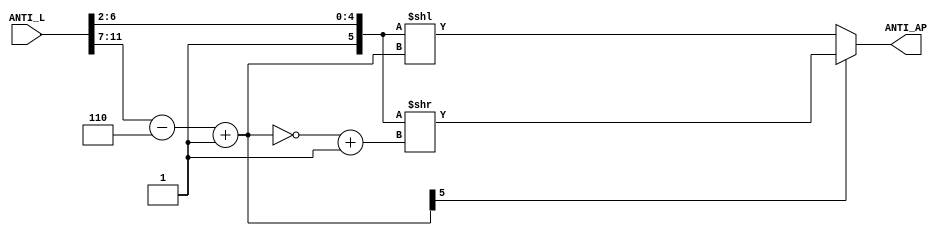
// MIT License
// 
// Copyright (c) 2021-2024 iCAS Lab
// 
// Permission is hereby granted, free of charge, to any person obtaining a copy
// of this software and associated documentation files (the "Software"), to deal
// in the Software without restriction, including without limitation the rights
// to use, copy, modify, merge, publish, distribute, sublicense, and/or sell
// copies of the Software, and to permit persons to whom the Software is
// furnished to do so, subject to the following conditions:
// 
// The above copyright notice and this permission notice shall be included in all
// copies or substantial portions of the Software.
// 
// THE SOFTWARE IS PROVIDED "AS IS", WITHOUT WARRANTY OF ANY KIND, EXPRESS OR
// IMPLIED, INCLUDING BUT NOT LIMITED TO THE WARRANTIES OF MERCHANTABILITY,
// FITNESS FOR A PARTICULAR PURPOSE AND NONINFRINGEMENT. IN NO EVENT SHALL THE
// AUTHORS OR COPYRIGHT HOLDERS BE LIABLE FOR ANY CLAIM, DAMAGES OR OTHER
// LIABILITY, WHETHER IN AN ACTION OF CONTRACT, TORT OR OTHERWISE, ARISING FROM,
// OUT OF OR IN CONNECTION WITH THE SOFTWARE OR THE USE OR OTHER DEALINGS IN THE
// SOFTWARE.

// Company: iCAS Lab, University of South Carolina
// Design Name: 
// Module Name: Antilogarithmic_Converter
// Project Name: 
// Target Devices: 
// Tool Versions: 
// Description: 
// 
// Dependencies: 
// 
// Revision:
// Revision 0.01 - File Created
// Additional Comments:
// 
//////////////////////////////////////////////////////////////////////////////////

`timescale 1ns / 1ps

module Antilogarithmic_Converter #(parameter DataIN_width = 16, 
                                   parameter truncation_width = 6, 
                                   parameter bw_lg = $clog2(DataIN_width),
                                   parameter DataK_width = 4)
(
input    wire    [bw_lg+truncation_width+1:0]    ANTI_L,
output    reg        [2*DataIN_width-1:0]                ANTI_AP
);

reg        [truncation_width-1:0]    Xt ;
reg        [bw_lg+1:0]        sub_2comp, sub; // size is K+1 because it's max is K and it's signed
reg        [bw_lg:0]            K ;


always @(*)
begin
    ANTI_AP = 'd0 ;
    Xt = {1'b1,ANTI_L[truncation_width:2]} ;                    //logic one is concatenated to hold the shifting effect
    K = ANTI_L[truncation_width+bw_lg+1:truncation_width+1] ;
    
    sub = K - truncation_width + 1 ;
    sub_2comp = ~sub + 1 ; // 2's compelement
    
    //ANTI_AP = (!sub[bw_lg+1)? {Xt,{(sub){1'b0}}} : ( Xt >> sub_2comp); 
    if(!sub[bw_lg+1]) //postive number 
    begin 
        ANTI_AP = Xt << sub;
    end
    else begin
        ANTI_AP = Xt >> sub_2comp; 
    end

end

//if(DataIN_width == 'd16)
//begin:    if_16

//if(!sub[bw_lg+1]) //postive number
//   begin
//   case(sub)
//   'd0:    ANTI_AP = Xt ;
//   'd1:    ANTI_AP = {Xt,1'b0} ;
//   'd2:    ANTI_AP = {Xt,2'b0} ;
//   'd3:    ANTI_AP = {Xt,3'b0} ;
//   'd4:    ANTI_AP = {Xt,4'b0} ;
//   'd5:    ANTI_AP = {Xt,5'b0} ;
//   'd6:    ANTI_AP = {Xt,6'b0} ;
//   'd7:    ANTI_AP = {Xt,7'b0} ;
//   'd8:    ANTI_AP = {Xt,8'b0} ;
//   'd9:    ANTI_AP = {Xt,9'b0} ;
//   'd10:    ANTI_AP = {Xt,10'b0} ;
//   'd11:    ANTI_AP = {Xt,11'b0} ;
//   'd12:    ANTI_AP = {Xt,12'b0} ;
//   'd13:    ANTI_AP = {Xt,13'b0} ;
//   'd14:    ANTI_AP = {Xt,14'b0} ;
//   'd15:    ANTI_AP = {Xt,15'b0} ;
//   'd16:    ANTI_AP = {Xt,16'b0} ;
//   'd17:    ANTI_AP = {Xt,17'b0} ;
//   'd18:    ANTI_AP = {Xt,18'b0} ;
//   'd19:    ANTI_AP = {Xt,19'b0} ;
//   'd20:    ANTI_AP = {Xt,20'b0} ;
//   'd21:    ANTI_AP = {Xt,21'b0} ;
//   'd22:    ANTI_AP = {Xt,22'b0} ;
//   'd23:    ANTI_AP = {Xt,23'b0} ;
//   'd24:    ANTI_AP = {Xt,24'b0} ;
//   'd25:    ANTI_AP = {Xt,25'b0} ;
//   'd26:    ANTI_AP = {Xt,26'b0} ;
//   'd27:    ANTI_AP = {Xt,27'b0} ;
//   'd28:    ANTI_AP = {Xt,28'b0} ;
//   'd29:    ANTI_AP = {Xt,29'b0} ;
//   'd30:    ANTI_AP = {Xt,30'b0} ;
//   'd31:    ANTI_AP = {Xt,31'b0} ;
//   default:ANTI_AP = Xt ;
//   endcase
   
//   end
//else
//   begin
//   case(sub_2comp)         //negative number
//   'd0:    ANTI_AP = Xt ;
//   'd1:    ANTI_AP = Xt>>1 ;
//   'd2:    ANTI_AP = Xt>>2 ;
//   'd3:    ANTI_AP = Xt>>3 ;
//   'd4:    ANTI_AP = Xt>>4 ;
//   'd5:    ANTI_AP = Xt>>5 ;
//   'd6:    ANTI_AP = Xt>>6 ;
//   'd7:    ANTI_AP = Xt>>7 ;
//   'd8:    ANTI_AP = Xt>>8 ;
//   'd9:    ANTI_AP = Xt>>9 ;
//   'd10:    ANTI_AP = Xt>>10 ;
//   'd11:    ANTI_AP = Xt>>10 ;
//   'd12:    ANTI_AP = Xt>>12 ;
//   'd13:    ANTI_AP = Xt>>13 ;
//   'd14:    ANTI_AP = Xt>>14 ;
//   'd15:    ANTI_AP = Xt>>15 ;
//   'd16:    ANTI_AP = Xt>>16;
//   'd17:    ANTI_AP = Xt>>17 ;
//   'd18:    ANTI_AP = Xt>>18 ;
//   'd19:    ANTI_AP = Xt>>19 ;
//   'd20:    ANTI_AP = Xt>>20 ;
//   'd21:    ANTI_AP = Xt>>21 ;
//   'd22:    ANTI_AP = Xt>>22 ;
//   'd23:    ANTI_AP = Xt>>23 ;
//   'd24:    ANTI_AP = Xt>>24 ;
//   'd25:    ANTI_AP = Xt>>25 ;
//   'd26:    ANTI_AP = Xt>>26 ;
//   'd27:    ANTI_AP = Xt>>27 ;
//   'd28:    ANTI_AP = Xt>>28 ;
//   'd29:    ANTI_AP = Xt>>29 ;
//   'd30:    ANTI_AP = Xt>>30 ;
//   'd31:    ANTI_AP = Xt>>31 ;
//   default:ANTI_AP = Xt ;
//   endcase
//   end
//end:    if_16



//if(DataIN_width == 'd8)
//begin:    if_8

//if(!sub[bw_lg+1]) //postive number
//   begin
//   case(sub)
//   'd0:    ANTI_AP = Xt ;
//   'd1:    ANTI_AP = {Xt,1'b0} ;
//   'd2:    ANTI_AP = {Xt,2'b0} ;
//   'd3:    ANTI_AP = {Xt,3'b0} ;
//   'd4:    ANTI_AP = {Xt,4'b0} ;
//   'd5:    ANTI_AP = {Xt,5'b0} ;
//   'd6:    ANTI_AP = {Xt,6'b0} ;
//   'd7:    ANTI_AP = {Xt,7'b0} ;
//   'd8:    ANTI_AP = {Xt,8'b0} ;
//   'd9:    ANTI_AP = {Xt,9'b0} ;
//   'd10:    ANTI_AP = {Xt,10'b0} ;
//   'd11:    ANTI_AP = {Xt,11'b0} ;
//   'd12:    ANTI_AP = {Xt,12'b0} ;
//   'd13:    ANTI_AP = {Xt,13'b0} ;
//   'd14:    ANTI_AP = {Xt,14'b0} ;
//   'd15:    ANTI_AP = {Xt,15'b0} ;
//   default:ANTI_AP = Xt ;
//   endcase
   
//   end
//else
//   begin
//   case(sub_2comp)         //negative number
//   'd0:    ANTI_AP = Xt ;
//   'd1:    ANTI_AP = Xt>>1 ;
//   'd2:    ANTI_AP = Xt>>2 ;
//   'd3:    ANTI_AP = Xt>>3 ;
//   'd4:    ANTI_AP = Xt>>4 ;
//   'd5:    ANTI_AP = Xt>>5 ;
//   'd6:    ANTI_AP = Xt>>6 ;
//   'd7:    ANTI_AP = Xt>>7 ;
//   'd8:    ANTI_AP = Xt>>8 ;
//   'd9:    ANTI_AP = Xt>>9 ;
//   'd10:    ANTI_AP = Xt>>10 ;
//   'd11:    ANTI_AP = Xt>>10 ;
//   'd12:    ANTI_AP = Xt>>12 ;
//   'd13:    ANTI_AP = Xt>>13 ;
//   'd14:    ANTI_AP = Xt>>14 ;
//   'd15:    ANTI_AP = Xt>>15 ;
//   default:ANTI_AP = Xt ;
//   endcase
//   end
//end:    if_8    




//if(DataIN_width == 'd4)
//begin:    if_4

//if(!sub[bw_lg+1]) //postive number
//   begin
//   case(sub)
//   'd0:    ANTI_AP = Xt ;
//   'd1:    ANTI_AP = {Xt,1'b0} ;
//   'd2:    ANTI_AP = {Xt,2'b0} ;
//   'd3:    ANTI_AP = {Xt,3'b0} ;
//   'd4:    ANTI_AP = {Xt,4'b0} ;
//   'd5:    ANTI_AP = {Xt,5'b0} ;
//   'd6:    ANTI_AP = {Xt,6'b0} ;
//   'd7:    ANTI_AP = {Xt,7'b0} ;
//   default:ANTI_AP = Xt ;
//   endcase
   
//   end
//else
//   begin
//   case(sub_2comp)         //negative number
//   'd0:    ANTI_AP = Xt ;
//   'd1:    ANTI_AP = Xt>>1 ;
//   'd2:    ANTI_AP = Xt>>2 ;
//   'd3:    ANTI_AP = Xt>>3 ;
//   'd4:    ANTI_AP = Xt>>4 ;
//   'd5:    ANTI_AP = Xt>>5 ;
//   'd6:    ANTI_AP = Xt>>6 ;
//   'd7:    ANTI_AP = Xt>>7 ;
//   default:ANTI_AP = Xt ;
//   endcase
//   end
//end:    if_4


//end:    always_block

//endgenerate

endmodule